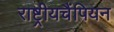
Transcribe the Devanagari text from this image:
राष्ट्रीयचैंपियन